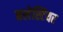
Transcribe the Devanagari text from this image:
बलेस्टियर